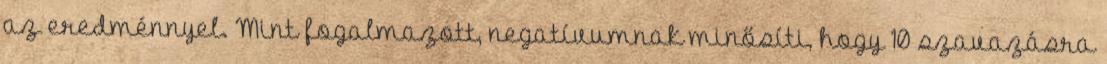
az eredménnyel. Mint fogalmazott, negatívumnak minősíti, hogy 10 szavazásra